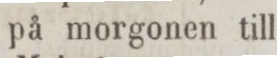
„ Köpenhamn samma dag kl. 7 på morgonen till